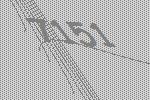
7151